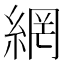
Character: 網